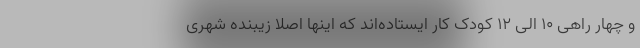
و چهار راهی ۱۰ الی ۱۲ کودک کار ایستاده‌اند که اینها اصلا زیبنده شهری